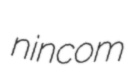
nincom